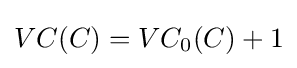
VC(C)=VC_{0}(C)+1